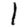
Digit: 1